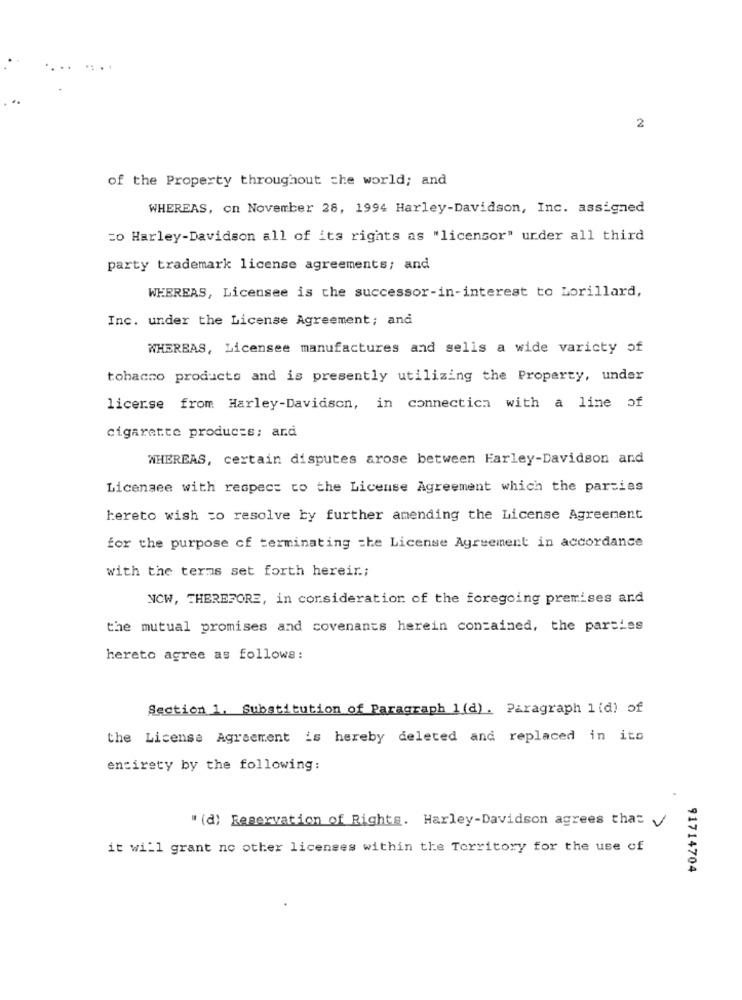
2
of the Property throughout the world; and
WHEREAS, on November 28, 1994 Harley-Davidson, Inc. assigned
=o Harley-Davidson all of its rights as "licensor" urder all third
party trademark license agreements; and
WHEREAS, Licensee is the successor-in-interest to Lorillard,
Inc. under the License Agreement; and
WHEREAS, Licensee manufactures and sells a wide varicty of
tobacco products and is presently utilizing the Property, under
licerse from Harley-Davidson, in connection with a line of
cigarette products; and
WHEREAS, certain disputes arose between Harley-Davidson and
Licensee with respect to the License Agreement which the parties
hereto wish to resolve by further amending the License Agreement
for the purpose of terminating =he License Agreement in accordance
with the terms set forth hereir .;
NCW, THEREFORE, in consideration of the foregoing premises and
the mutual promises and covenants herein contained, the parties
hereto agree as follows:
Section 1. Substitution of Paragraph 1 (d). Paragraph 1(d) of
the License Agreement is hereby deleted and replaced in ito
entirety by the following:
" (d) Reservation of Rights. Harley-Davidson agrees that
it will grant no other licenses within the Territory for the use of
91714704